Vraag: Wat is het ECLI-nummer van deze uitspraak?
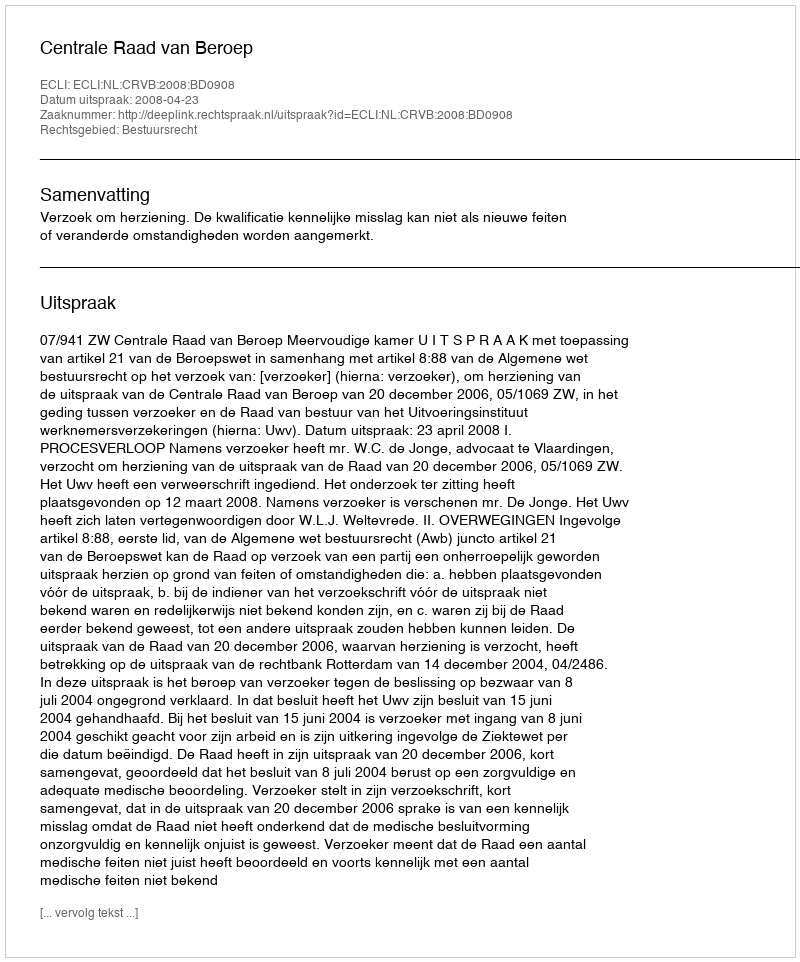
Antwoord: ECLI:NL:CRVB:2008:BD0908